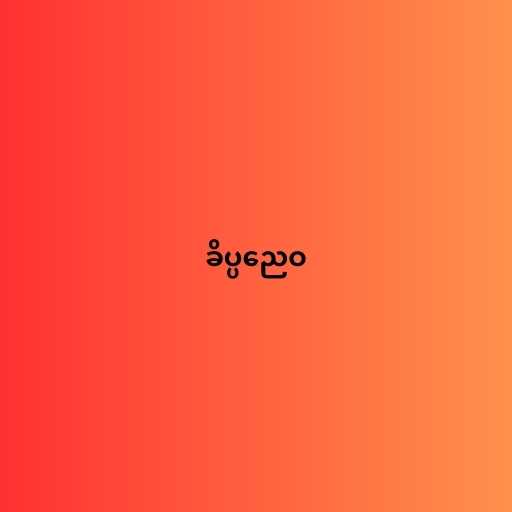
ခိပ္ပညေဝ